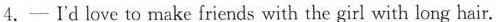
4.-Ⅰd love to make friends with the girl with long hair.